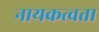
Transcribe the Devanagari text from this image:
नायकत्वता